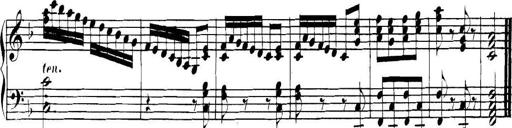
Title: Collected Piano Sonatas
Composer: Muzio Clementi